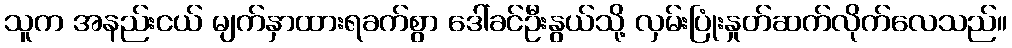
သူက အနည်းငယ် မျက်နှာထားရခက်စွာ ဒေါ်ခင်ဦးနွယ်သို့ လှမ်းပြုံးနှုတ်ဆက်လိုက်လေသည်။